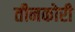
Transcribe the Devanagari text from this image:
तीनकोरी